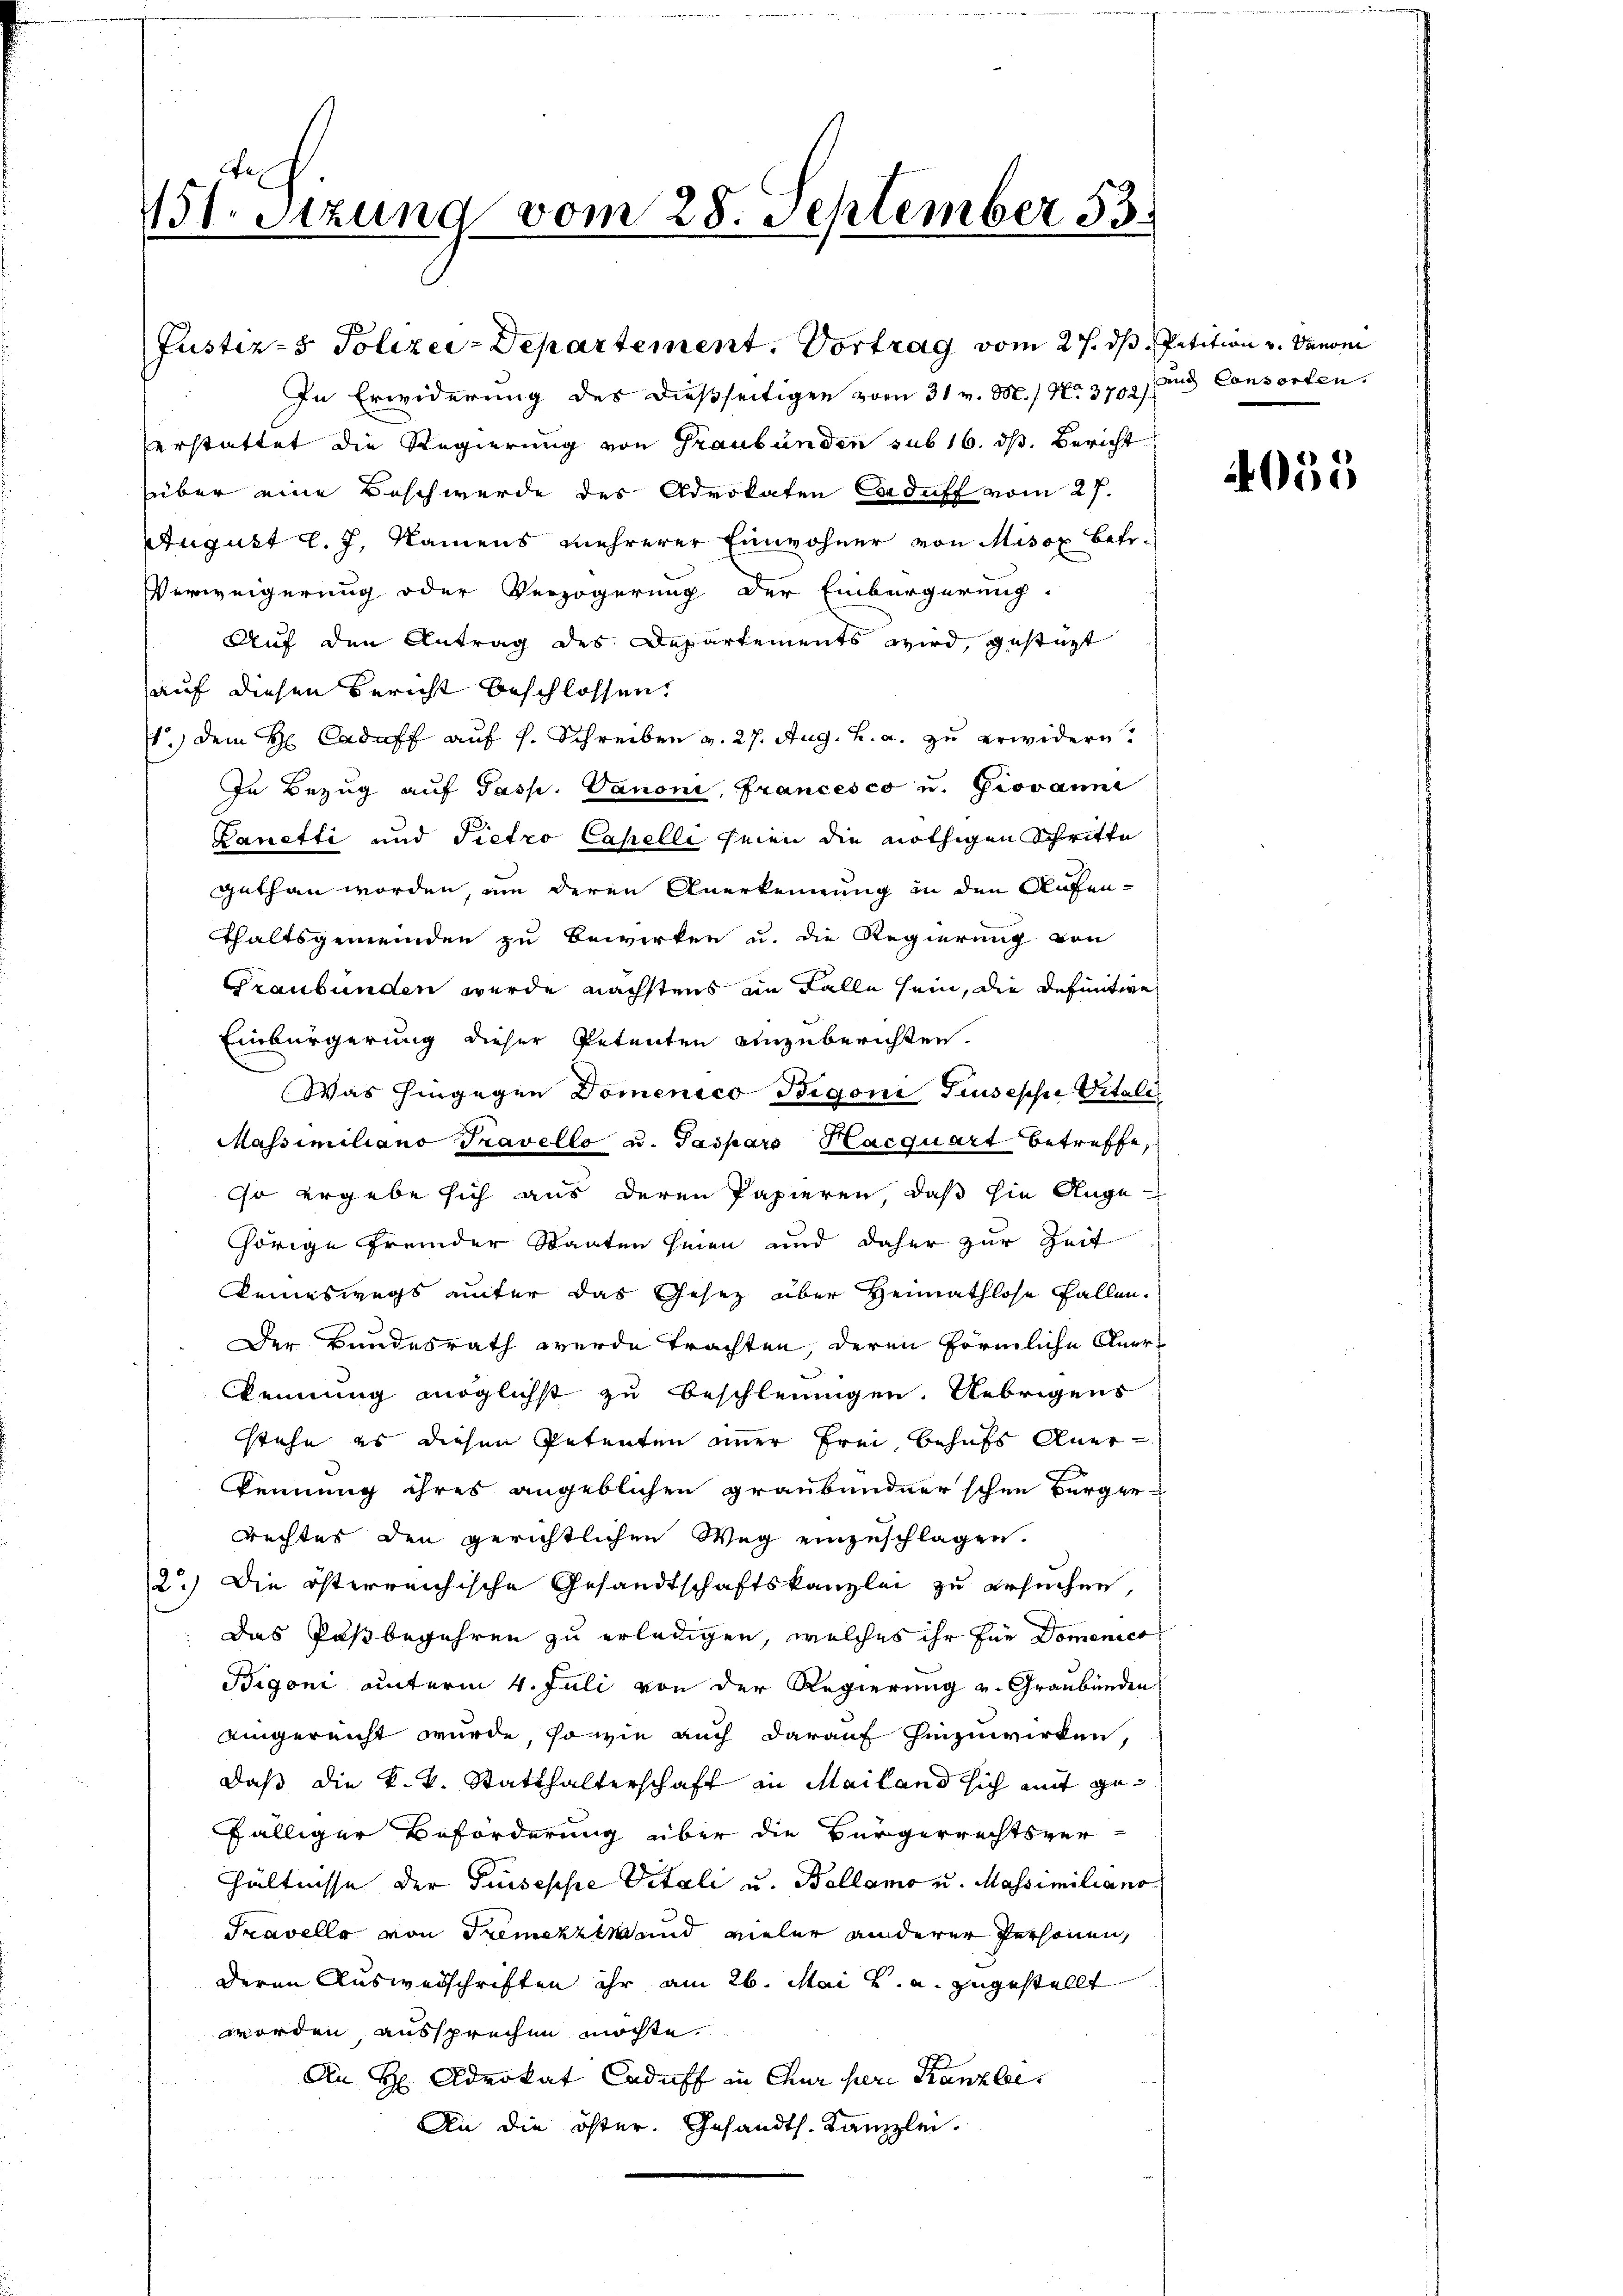
1t. Sitzung vom 28. September 53.

In Erwiderung des dießseitigen vom 31 v. M.) No 3700 und Consorten.
erstattet die Regierung von Graubünden sub 16. ds. Bericht
über eine Beschwerde des Advokaten Caduff vom 27.
August l. J. Namens mehrerer Einwohner von Misox Betr.
Verweigerung oder Verzögerung der Einbergerung.
Auf den Antrag des Departements wird, gestüzt
auf diesen Bericht beschlossen.
1.) Dem H Caduff auf s. Schreiben v. 27. Aug. h. a. zu erwidern?
In Bezug auf Jasp. Vanoni, Francesco u. Giovanni
Lanetti und Pietro Capelli seien die nöthigen Schritte
gethan worden, um deren Anerkennung in den Aufenthaltsgemeinden zu Bewirken u. die Regierung von
Graubünden wurde nächstens im Falle sein, die definitive
Einbürgerung dieser Petenten anzuberichten.
Was hingegen Domenico Bigoni Giuseppe Vitali
Massimiliano Travello u. Taspar Hacquart betreffe,
so ergebe sich aus deren Papieren, daß sie Ange-
hörige fremder Staaten seien und daher zur Zeit
keineswegs unter das Gesetz über Heimathlose Fallen.
Der Bundesrath werde trachten, deren förmliche Anerkennung möglichst zu beschleunigen. Uebrigens
stehe es diesen Petenten immer frei, behufs Anerkennung ihres angeblichen Graubündnerschen Bürgerrechtes den gerichtlichen Weg einzuschlagen.
2.) Die österreichische Gesandtschaftskanzlei zu ersuchen,
das Paßbegehren zu erledigen, welches ihr für Domenico
Bigoni unterm 4. Juli von der Regierung v. Graubünden
aigereicht wurde, sowie auch darauf hinzuwirken,
daß die k.k. Statthalterschaft an Mailand sich mit gefälliger Beförderung über die Bürgerrechtsver-
hältnisse der Priseppe Vitali u. Bollamo u. Massimiliano
Travello von Tremetz und vieler anderer Personen,
deren Ausweischriften ihr am 26. Mai v. a. zugestellt
worden, aussprechen möchte.
An H Advokat Caduff in Chur sere Kanzler
An die öster. Gesandts. Kanzlei.

Justiz- & Polizei-Departement. Vortrag vom 27. ds. Petition u. Denom

4055